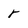
Character: r